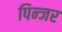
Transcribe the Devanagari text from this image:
पिन्जर